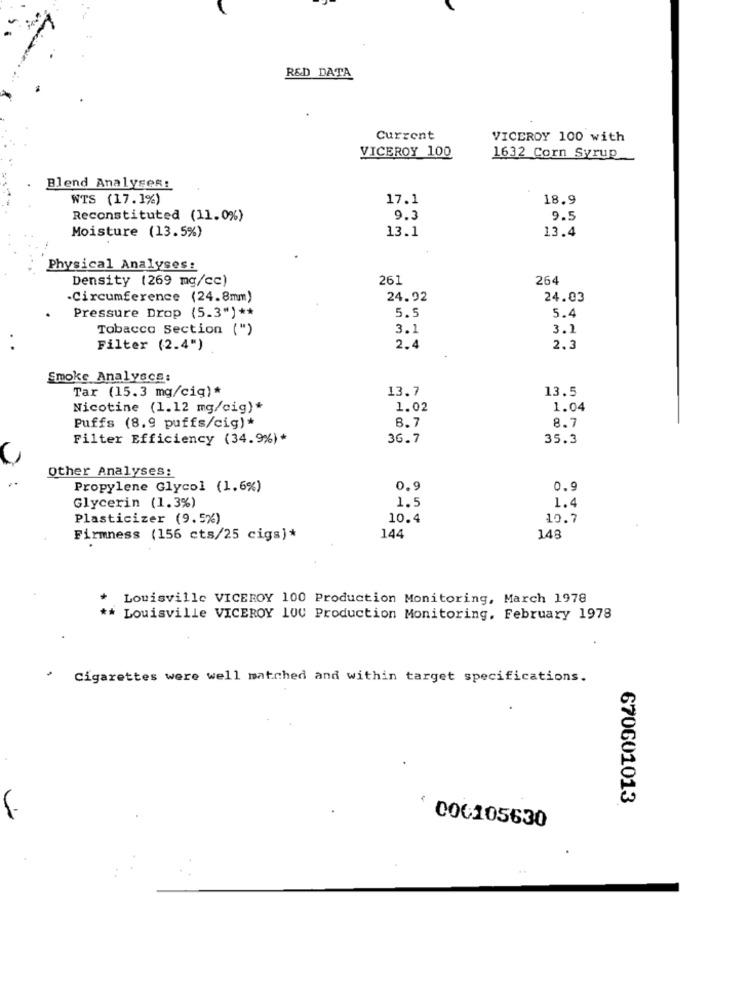
R&D DATA
Current
VICEROY 100 with
VICEROY 100
1632 Corn Syrup
Blend Analyses:
WTS (17.1%)
17.1
18.9
Reconstituted (11.0%)
9.3
9.5
13.1
13.4
Moisture (13.5%)
Physical Analyses:
Density (269 mg/cc)
261
264
Circumference (24.8mm)
24.92
24.03
Pressure Drop (5.3") **
5.5
5.4
Tobacco Section (")
3.1
3.1
Filter (2.4")
2.4
2.3
Smoke Analyscs:
Tar (15.3 mg/cig)*
13.7
13.5
Nicotine (1.12 mg/cig)*
1.02
1.04
Puffs (8.9 puffs/cig)*
8.7
8.7
Filter Efficiency (34.9%)*
36.7
35.3
Other Analyses:
Propylene Glycol (1.6%)
0.9
0.9
1.5
1.4
Glycerin (1.3%)
Plasticizer (9.5%)
10.4
10.7
Firmness (156 cts/25 cigs)*
144
148
Louisville VICEROY 100 Production Monitoring, March 1978
** Louisville VICEROY 100 Production Monitoring, February 1978
Cigarettes were well matched and within target specifications.
670601013
006105630